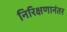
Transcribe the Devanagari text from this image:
निरिक्षणानंतर